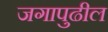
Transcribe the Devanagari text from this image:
जगापुढील